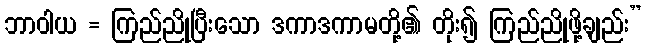
ဘာဝါယ = ကြည်ညိုပြီးသော ဒကာဒကာမတို့၏ တိုး၍ ကြည်ညိုဖို့ချည်း”